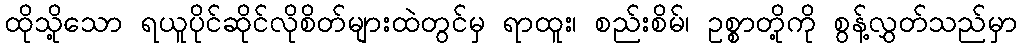
ထိုသို့သော ရယူပိုင်ဆိုင်လိုစိတ်များထဲတွင်မှ ရာထူး၊ စည်းစိမ်၊ ဥစ္စာတို့ကို စွန့်လွှတ်သည်မှာ